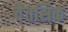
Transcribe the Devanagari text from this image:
चैत्तसिक